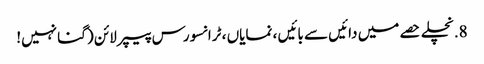
8. نچلے حصے میں دائیں سے بائیں ، نمایاں ، ٹرانسورس پیپر لائن (گنا نہیں!